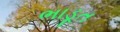
ભાડૂત